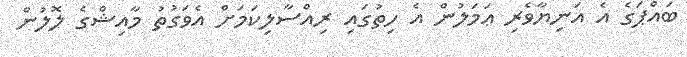
ބައްޕަގެ އެ އަނިޔާވެރި ޢަމަލުން އެ ހިތުގައި ރިއްސާލިކަމަށް އެވަގުތު މާއިޝްގެ ލޮލުން